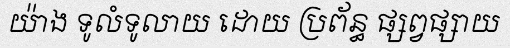
យ៉ាង ទូលំទូលាយ ដោយ ប្រព័ន្ធ ផ្សព្វផ្សាយ